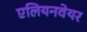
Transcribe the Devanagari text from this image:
एलियनवेयर